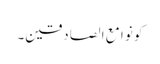
کونو ا مع ا لصادقین۔